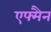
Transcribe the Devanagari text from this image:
एफ्मैन